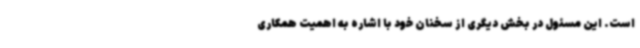
است. این مسئول در بخش دیگری از سخنان خود با اشاره به اهمیت همکاری